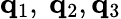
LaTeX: {\mathbf q}_{1},\ {\mathbf q}_{2},{\mathbf q}_{3}